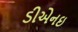
ડીએનઇ